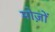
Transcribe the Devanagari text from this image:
मोज़ों